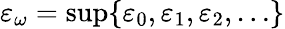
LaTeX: \varepsilon_{\omega}=\operatorname*{sup}\{ \varepsilon_{0},\varepsilon_{1},\varepsilon_{2},\ldots\}